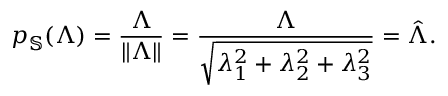
p _ { \mathbb { S } } ( \boldsymbol { \Lambda } ) = \frac { \boldsymbol { \Lambda } } { \lVert \boldsymbol { \Lambda } \rVert } = \frac { \boldsymbol { \Lambda } } { \sqrt { \lambda _ { 1 } ^ { 2 } + \lambda _ { 2 } ^ { 2 } + \lambda _ { 3 } ^ { 2 } } } = \hat { \boldsymbol { \Lambda } } .